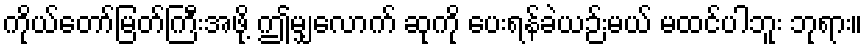
ကိုယ်တော်မြတ်ကြီးအဖို့ ဤမျှလောက် ဆုကို ပေးရန်ခဲယဉ်းမယ် မထင်ပါဘူး ဘုရား။